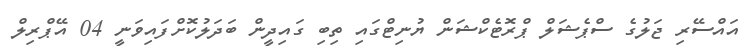
އައްސޭރި ޖަލުގެ ސްޕެޝަލް ޕްރޮޓެކްޝަން ޔުނިޓްގައި ތިބި ގައިދީން ބަދަލުކޮށްފައިވަނީ 04 އޭޕްރިލް